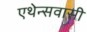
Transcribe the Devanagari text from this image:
एथेन्सवासी